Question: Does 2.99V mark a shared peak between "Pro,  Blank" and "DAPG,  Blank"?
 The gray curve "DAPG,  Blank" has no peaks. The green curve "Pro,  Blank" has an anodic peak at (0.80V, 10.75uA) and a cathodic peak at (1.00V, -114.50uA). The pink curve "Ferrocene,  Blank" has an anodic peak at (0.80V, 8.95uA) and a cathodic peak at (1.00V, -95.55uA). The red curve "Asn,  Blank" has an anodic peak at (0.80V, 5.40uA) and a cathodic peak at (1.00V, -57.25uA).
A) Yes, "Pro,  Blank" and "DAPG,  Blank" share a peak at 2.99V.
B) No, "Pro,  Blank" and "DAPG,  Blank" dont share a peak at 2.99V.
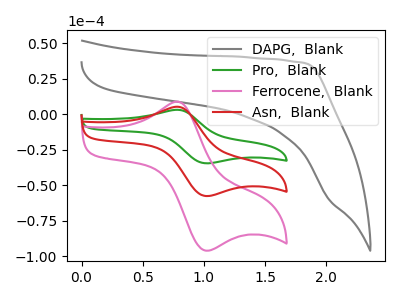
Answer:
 <answer>B) No, "Pro,  Blank" and "DAPG,  Blank" dont share a peak at 2.99V.</answer>
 <eval>B</eval>